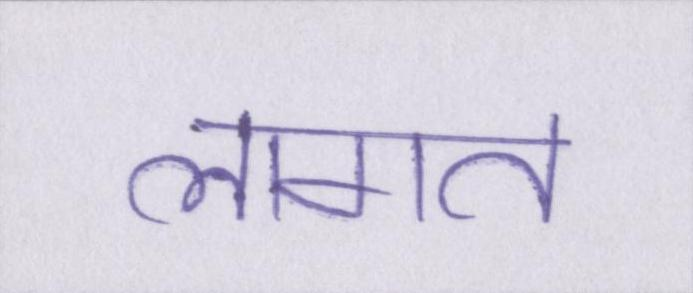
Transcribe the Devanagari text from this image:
लागत